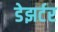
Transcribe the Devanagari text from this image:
डेझर्टर